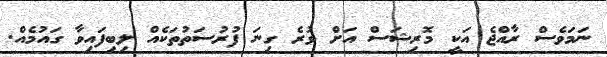
ނަމަވެސް ރާއްޖެ އަކީ މޮރިޝަސް އަށް ވުރެ ގިނަ ފުރުސަތުތަކެއް ލިބިފައިވާ ގައުމެއް.